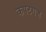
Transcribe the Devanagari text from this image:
कपटगज